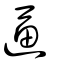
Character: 逼